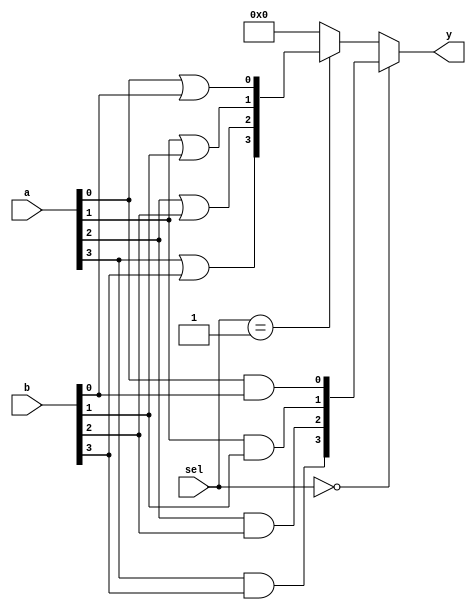
module CombinationalLogicBlock (
    input wire [3:0] a,    // 4-bit input vector
    input wire [3:0] b,    // 4-bit input vector
    input wire [1:0] sel,   // Selector for LUT configuration
    output wire [3:0] y     // 4-bit output vector
);

// Internal wires for LUT outputs
wire [3:0] lut_out;

// Lookup Table 1 (LUT1) - Example: AND operation
assign lut_out[0] = a[0] & b[0]; // LUT1[0] = a0 AND b0
assign lut_out[1] = a[1] & b[1]; // LUT1[1] = a1 AND b1
assign lut_out[2] = a[2] & b[2]; // LUT1[2] = a2 AND b2
assign lut_out[3] = a[3] & b[3]; // LUT1[3] = a3 AND b3

// Lookup Table 2 (LUT2) - Example: OR operation
// This LUT is selected based on `sel` signal
wire [3:0] lut2_out;
assign lut2_out[0] = a[0] | b[0]; // LUT2[0] = a0 OR b0
assign lut2_out[1] = a[1] | b[1]; // LUT2[1] = a1 OR b1
assign lut2_out[2] = a[2] | b[2]; // LUT2[2] = a2 OR b2
assign lut2_out[3] = a[3] | b[3]; // LUT2[3] = a3 OR b3

// Output selection based on sel signal
assign y = (sel == 2'b00) ? lut_out : // Select LUT1 output
           (sel == 2'b01) ? lut2_out : // Select LUT2 output
           4'b0000; // Default case (could be another LUT or zero)

endmodule